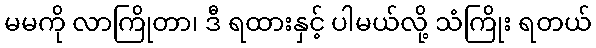
မမကို လာကြိုတာ၊ ဒီ ရထားနှင့် ပါမယ်လို့ သံကြိုး ရတယ်